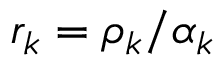
r _ { k } = \rho _ { k } / \alpha _ { k }